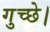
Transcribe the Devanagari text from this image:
गुच्छे।